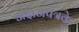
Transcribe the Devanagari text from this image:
अंदाजपत्रके